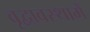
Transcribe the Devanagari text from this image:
वृद्वावस्थामें